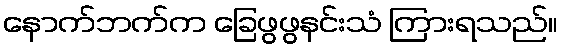
နောက်ဘက်က ခြေဖွဖွနင်းသံ ကြားရသည်။